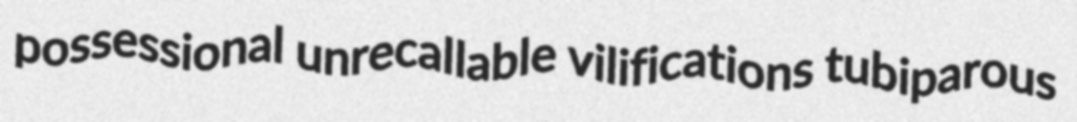
possessional unrecallable vilifications tubiparous